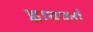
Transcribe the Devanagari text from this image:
ह्माश्रयतां